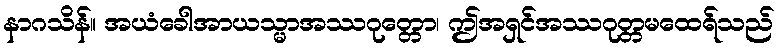
နာဂသိန်။ အယံခေါအာယသ္မာအဿဂုတ္တော၊ ဤအရှင်အဿဂုတ္တမထေရ်သည်